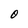
Character: O